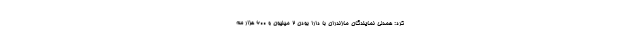
کرد: همدلی نمایندگان مازندران با دارا بودن ۲ میلیون و ۶۰۰ هزار سه